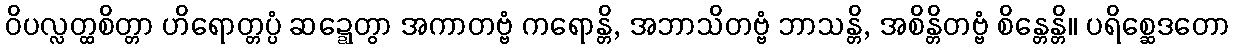
ဝိပလ္လတ္ထစိတ္တာ ဟိရောတ္တပ္ပံ ဆဍ္ဍေတွာ အကာတဗ္ဗံ ကရောန္တိ, အဘာသိတဗ္ဗံ ဘာသန္တိ, အစိန္တိတဗ္ဗံ စိန္တေန္တိ။ ပရိစ္ဆေဒတော